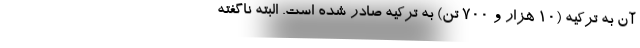
آن به ترکیه (10 هزار و 700 تن) به ترکیه صادر شده است. البته ناگفته